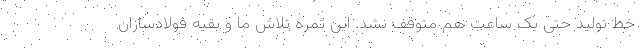
خط تولید حتی یک ساعت هم متوقف نشد. این ثمره تلاش ما و بقیه فولادسازان